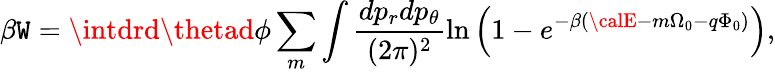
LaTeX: \beta\mathtt{W}=\intdrd\thetad\phi\sum_{m}\int\frac{{dp_{r}dp_{\theta}}}{{(2\pi)^{2}}}\ln\left(1-e^{-\beta({\calE}-m\Omega_{0}-q\Phi_{0})}\right),